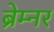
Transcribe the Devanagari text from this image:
ब्रेम्नर